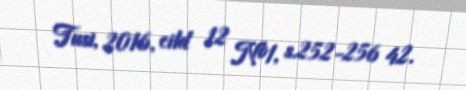
Tusi, 2016, cild 12 №1, s.252-256 42.